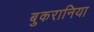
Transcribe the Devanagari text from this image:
बुकरानिया